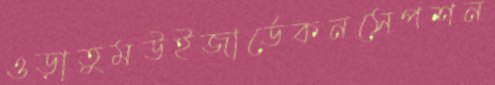
ওড়াতুমউইজার্ডেকনসেপশন